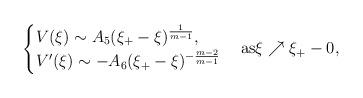
LaTeX: \begin{align*}\begin{cases}V(\xi) \sim A_{5}(\xi_{+}-\xi)^{\frac{1}{m-1}},\\V'(\xi) \sim -A_{6}(\xi_{+}-\xi)^{-\frac{m-2}{m-1}}\end{cases}{\rm{as}} \xi \nearrow \xi_{+}-0,\end{align*}